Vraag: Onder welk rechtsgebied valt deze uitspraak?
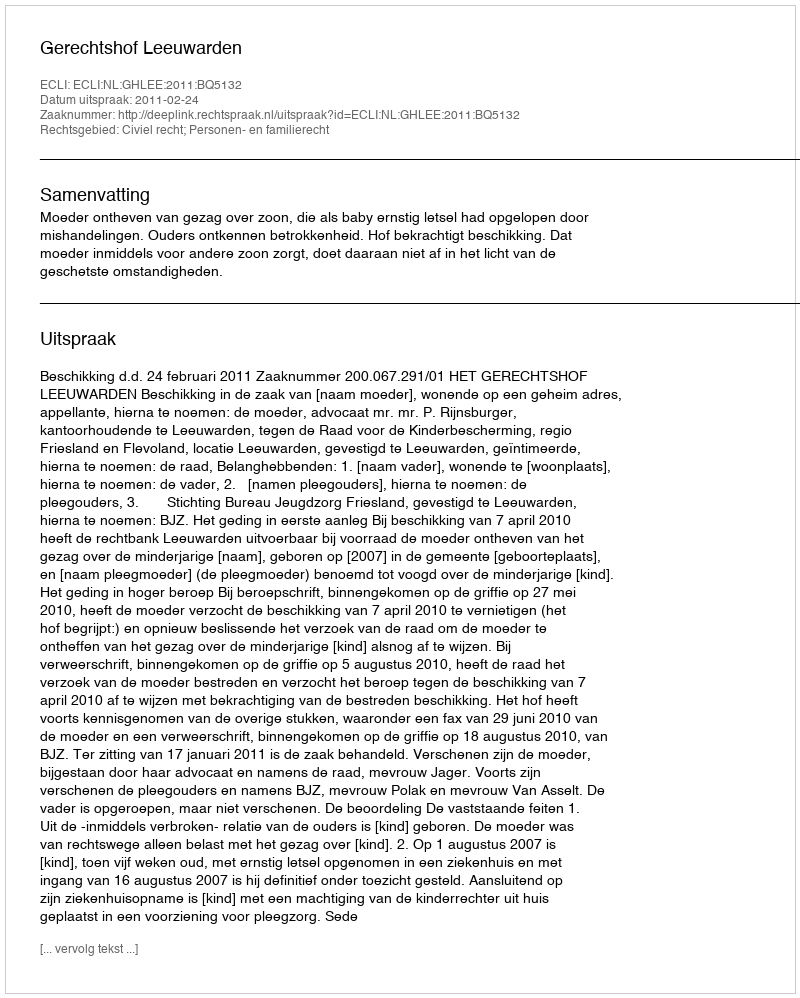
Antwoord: Civiel recht; Personen- en familierecht